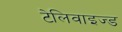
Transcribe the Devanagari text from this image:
टेलिवाइज्ड